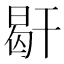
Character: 𢆜